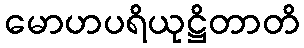
မောဟပရိယုဋ္ဌိတာတိ